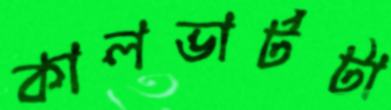
কালভার্টটা